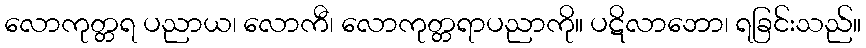
လောကုတ္တရ ပညာယ၊ လောကီ၊ လောကုတ္တရာပညာကို။ ပဋိလာဘော၊ ရခြင်းသည်။